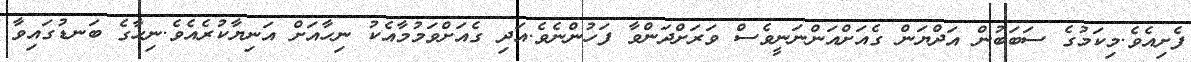
ފެށިއެވެ.މިކަމުގެ ސަބަބުން އަދްޔަން ގެއަށްއަންނަނީވެސް ވަރަށްދަންވާ ފަހުންނެވެ.އަދި ގެއަށްވަމުމާއެކު ނިހާއަށް އަނިޔާކުރެއެވެ.ނިހާގެ ބަނޑުގައިވާ